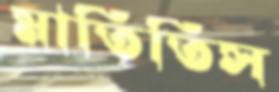
মাতিতিস